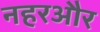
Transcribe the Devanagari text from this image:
नहरऔर